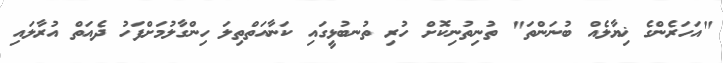
"އަހަރެންގެ ޚިޔާލެއް ބުނަންތަ" ތުނިތުނިކޮށް ހުރި ތުނބުޅީގައި ކަނާއަތްތިލަ ހިންގާލުމަށްފަހު ދެއަތް އުރާލައި